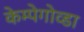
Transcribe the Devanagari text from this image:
केम्पेगोव्डा